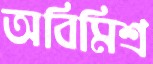
অবিমিশ্র